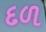
દળ